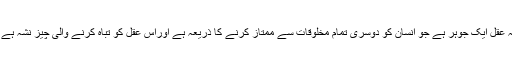
یہ عقل ایک جوہر ہے جو انسان کو دوسری تمام مخلوقات سے ممتاز کرنے کا ذریعہ ہے اوراس عقل کو تباہ کرنے والی چیز نشہ ہے ۔